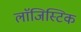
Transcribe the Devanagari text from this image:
लाॅजिस्टिक